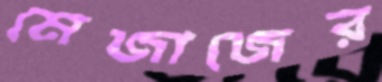
মেজাজের